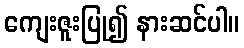
ကျေးဇူးပြု၍ နားဆင်ပါ။